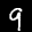
Label: 9